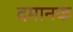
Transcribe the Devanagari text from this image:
दमानक